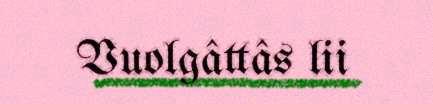
Vuolgâttâs lii